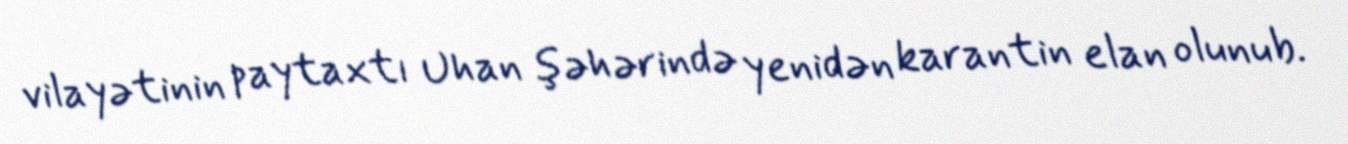
vilayətinin paytaxtı Uhan şəhərində yenidən karantin elan olunub.